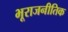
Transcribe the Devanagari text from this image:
भूराजनीतिक